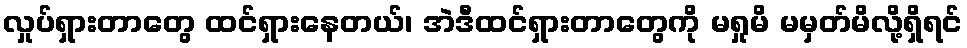
လှုပ်ရှားတာတွေ ထင်ရှားနေတယ်၊ အဲဒီထင်ရှားတာတွေကို မရှုမိ မမှတ်မိလို့ရှိရင်